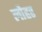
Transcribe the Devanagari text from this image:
लौहर